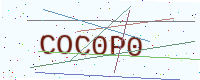
Text: COC0P0